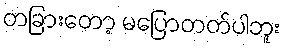
တခြားတော့ မပြောတတ်ပါဘူး